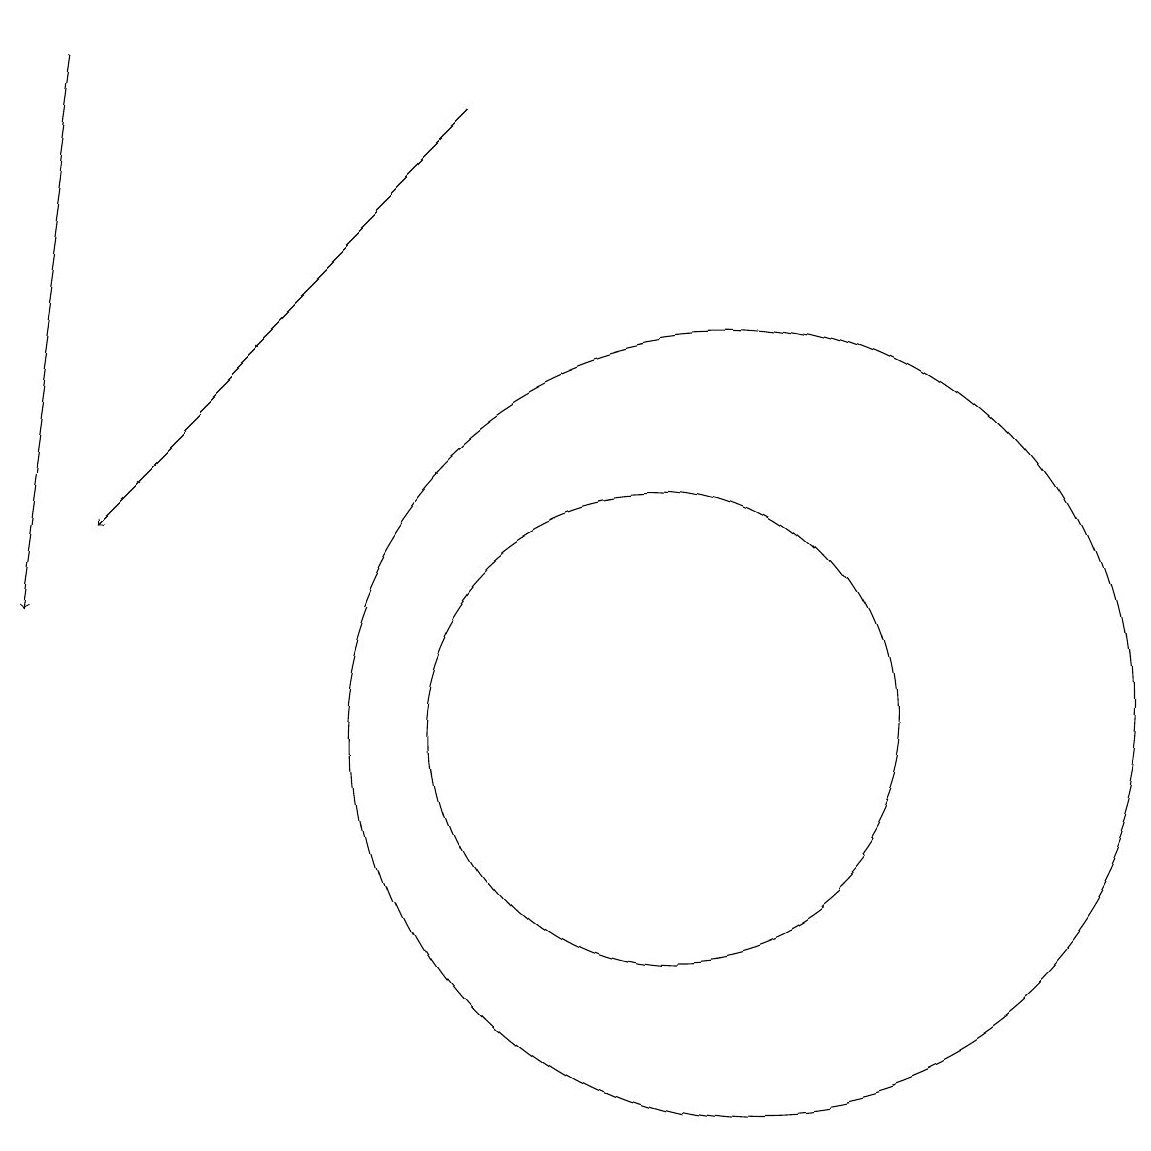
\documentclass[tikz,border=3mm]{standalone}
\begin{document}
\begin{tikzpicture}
\draw (11,10) circle (3);
\draw (12,10) circle (5);
\draw[->] (4,19) -- (3,12);
\draw[->] (9,18) -- (4,13);
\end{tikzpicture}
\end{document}